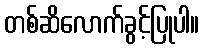
တစ်ဆိလောက်ခွင့်ပြုပါ။